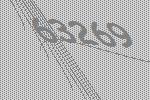
63269